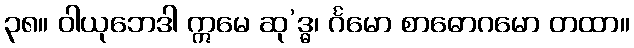
၃၈။ ဝါယုဘေဒါ ဣမေ ဆု’ဒ္ဓ၊ င်္ဂမော စာဓောဂမော တထာ။